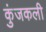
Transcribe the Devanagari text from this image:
कुंजकली